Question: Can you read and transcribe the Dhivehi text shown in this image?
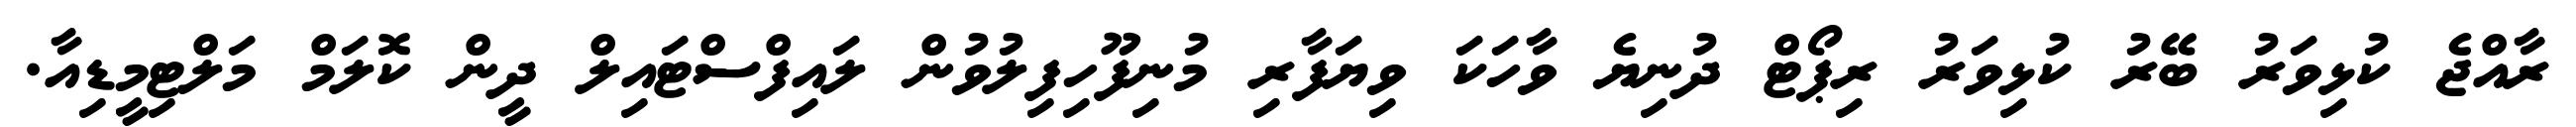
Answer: ރާއްޖެ ކުޅިވަރު ބޭރު ކުޅިވަރު ރިޕޯޓް ދުނިޔެ ވާހަކަ ވިޔަފާރި މުނިފޫހިފިލުވުން ލައިފްސްޓައިލް ދީން ކޮލަމް މަލްޓިމީޑިއާ.